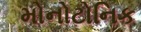
મોનોટોનિક